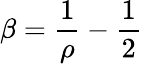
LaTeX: \beta=\frac{1}{\rho}-\frac{1}{2}